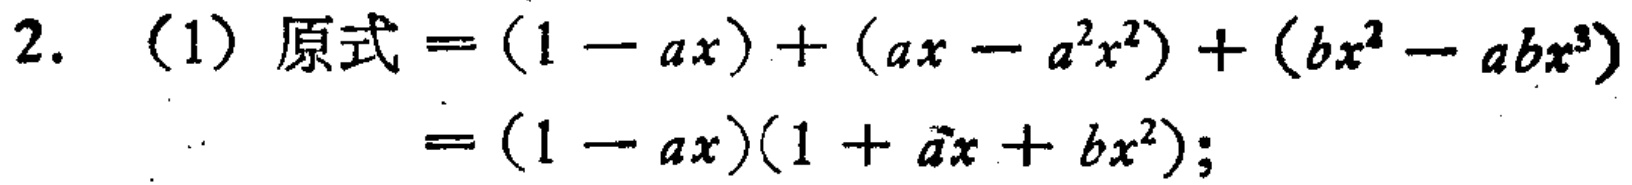
2. (1) 原式\(=(1 - ax)+(ax - a^{2}x^{2})+(bx^{2}-abx^{3})\)

\(=(1 - ax)(1 + ax + bx^{2})\);